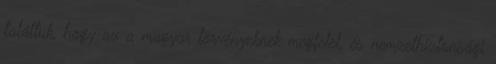
találtuk, hogy az a magyar törvényeknek megfelel, és nemzetbiztonsági